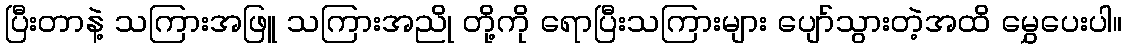
ပြီးတာနဲ့ သကြားအဖြူ သကြားအညို တို့ကို ရောပြီးသကြားများ ပျော်သွားတဲ့အထိ မွှေပေးပါ။